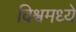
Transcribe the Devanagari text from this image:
विश्वमध्ये